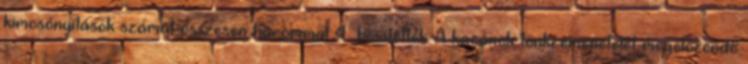
kimosónyílások számát összesen hárommal 4 bővítették. A kazánok tönkremenetelét megelőzendő